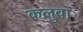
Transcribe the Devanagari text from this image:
कलुवा